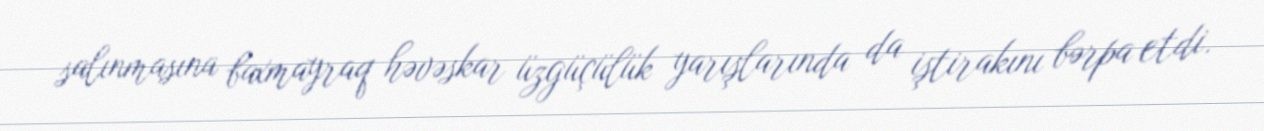
salınmasına baxmayraq həvəskar üzgüçülük yarışlarında da iştirakını bərpa etdi.